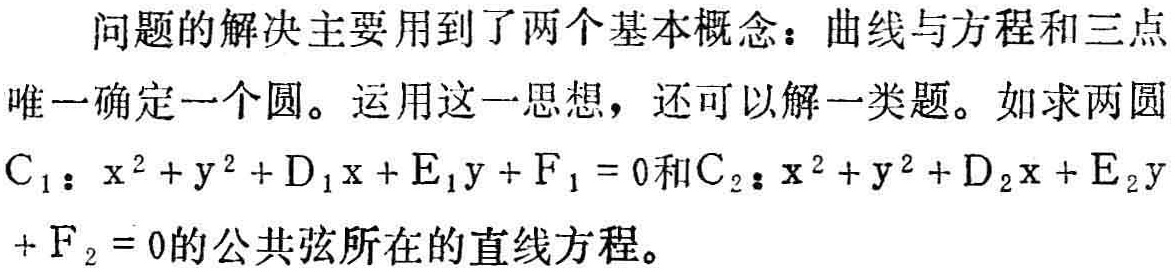
问题的解决主要用到了两个基本概念：曲线与方程和三点

唯一确定一个圆。运用这一思想，还可以解一类题。如求两圆

\(C_{1}:x^{2}+y^{2}+D_{1}x + E_{1}y + F_{1}=0\)和\(C_{2}:x^{2}+y^{2}+D_{2}x + E_{2}y\)

\(+F_{2}=0\)的公共弦所在的直线方程。